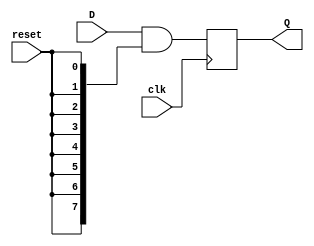
module D_FF
	(
	input [7:0]D,
	input clk,
	input reset,
	output reg [7:0]Q
	);


always @(posedge clk)
begin
	Q <= D&{{8{reset}}};
end

endmodule